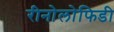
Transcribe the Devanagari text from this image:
रीनोलोफिडी